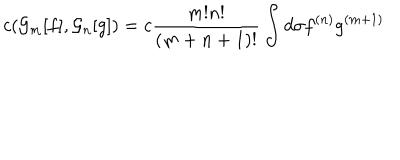
c ( { \cal G } _ { m } [ f ] , { \cal G } _ { n } [ g ] ) = c { \frac { m ! n ! } { ( m + n + 1 ) ! } } \int d \sigma f ^ { ( n ) } g ^ { ( m + 1 ) }